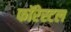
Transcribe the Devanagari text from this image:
फॉरेस्टल